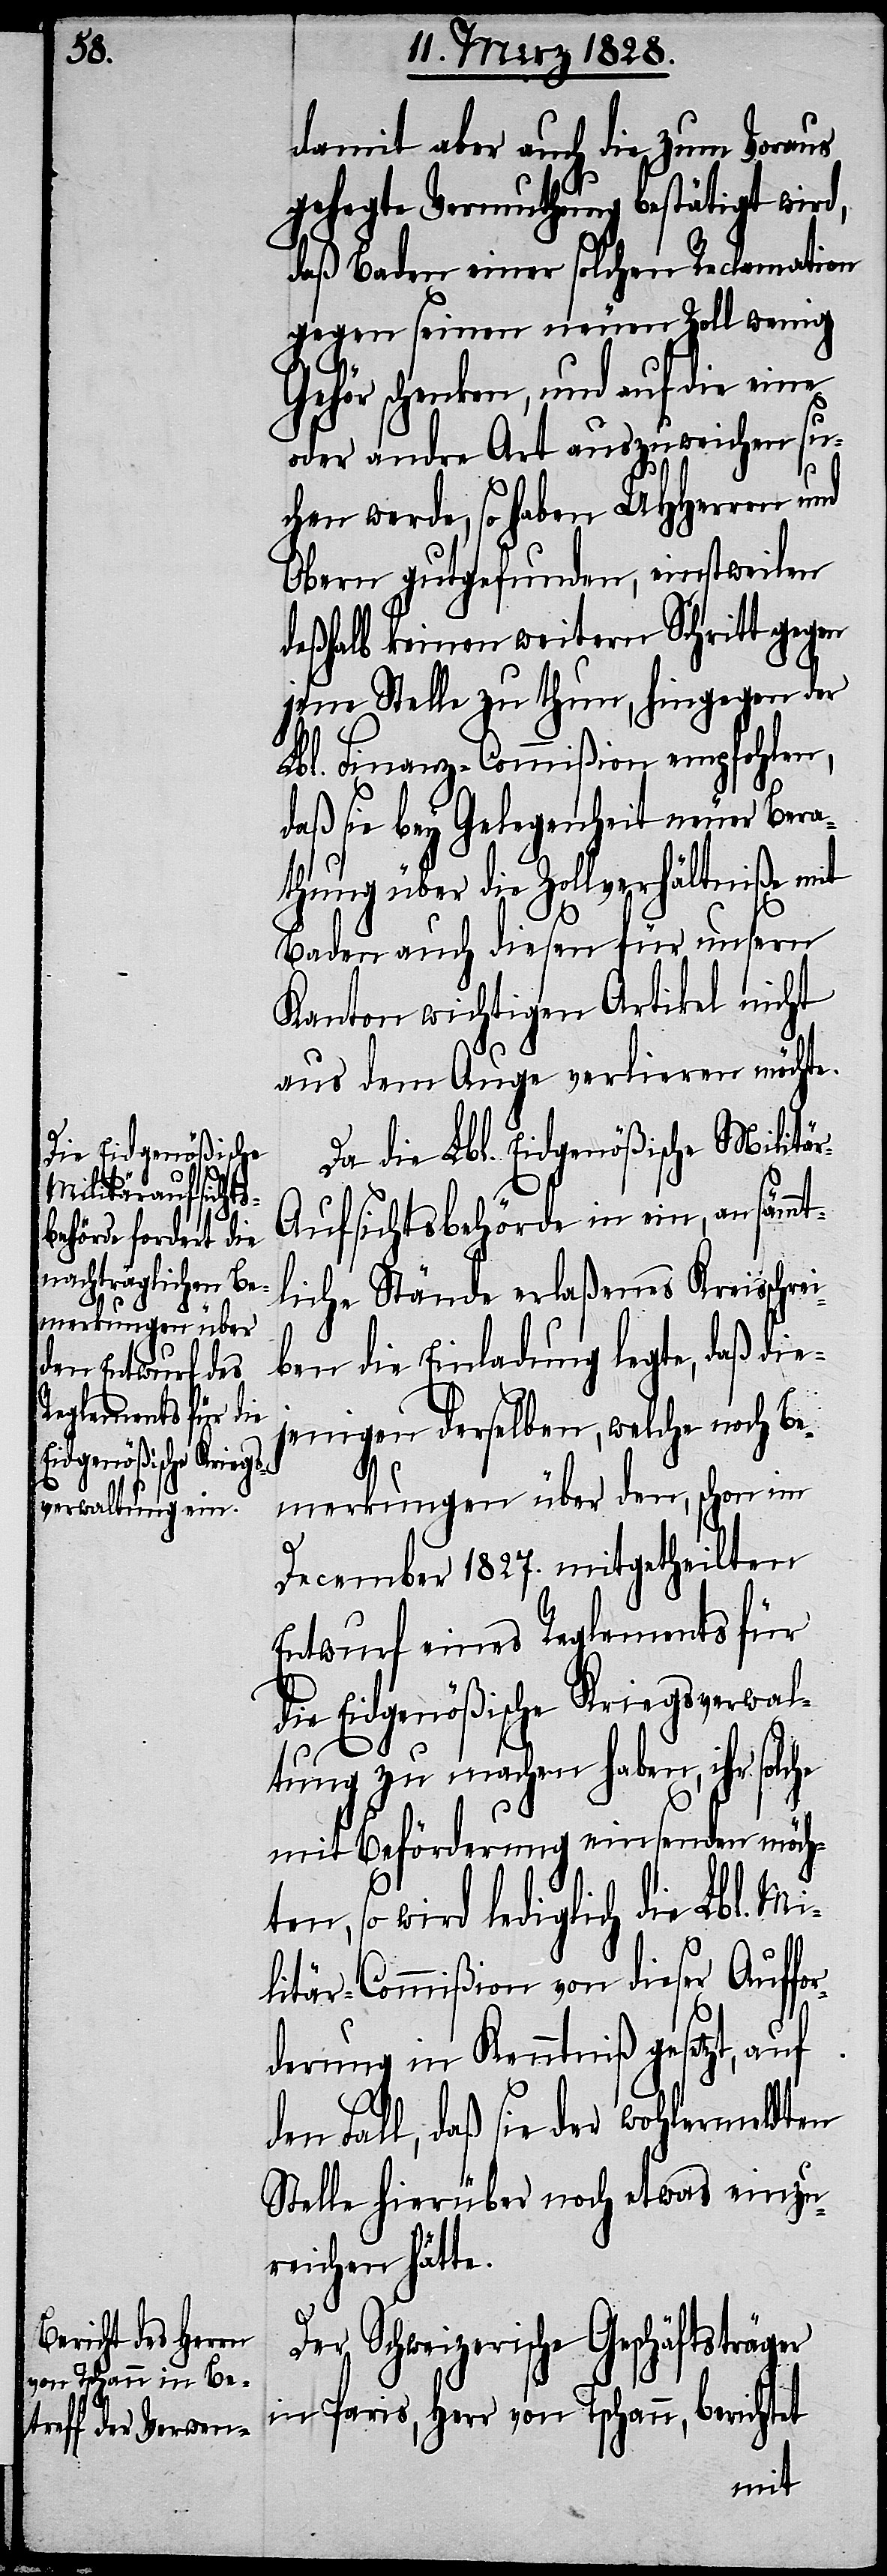
damit aber auch die zum Voraus
gehegte Vermuthung bestätigt wird,
daß Baden einer solchen Reclamation
gegen seinen neuen Zoll wenig
Gehör schenken, und auf die eine
oder andre Art auszuweichen su¬
chen werde, so haben UHHerren und
Obern gutgefunden, einstweilen
deßhalb keinen weitern Schritt gegen
jene Stelle zu thun, hingegen der
Lbl. Finanz-Commißion empfohlen,
daß sie bey Gelegenheit neuer Bera¬
thung über die Zollverhältniße mit
Baden auch diesen für unsern
Kanton wichtigen Artikel nicht
aus dem Auge verlieren möchte.
Da die Lbl. Eidgenößische Militär-A¬
ufsichtsbehörde in ein, an sämmt¬
liche Stände erlaßenes Kreisschrei¬
ben die Einladung legte, daß die¬
jenigen derselben, welche noch Be¬
merkungen über den, schon im
December 1827. mitgetheilten
Entwurf eines Reglements für
die Eidgenößische Kriegsverwal¬
tung zu machen haben, ihr solc¬
D¬
mit Beförderung einsenden möch¬
ten, so wird lediglich die Lbl. Mi¬
litär-Commißion von dieser Auffor¬
derung in Kenntniß gesetzt, auf
den Fall, daß sie der wohlermeldten
Stelle hierüber noch etwas einzu¬
reichen hätte.
er Schweizerische Geschäftsträger
in Paris, Herr von Tschann, berichtet